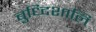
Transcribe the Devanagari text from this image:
बुध्दिशालि